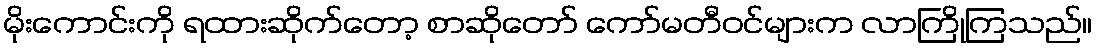
မိုးကောင်းကို ရထားဆိုက်တော့ စာဆိုတော် ကော်မတီဝင်များက လာကြိုကြသည်။